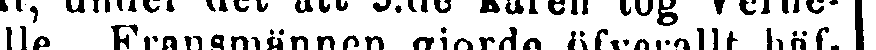
lle. Fransmännen gjorde öfverallt häf-